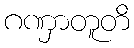
ဂဏှာတူတိ